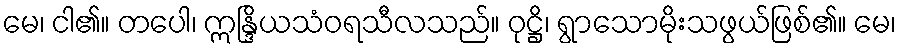
မေ၊ ငါ၏။ တပေါ၊ ဣန္ဒြိယသံဝရသီလသည်။ ဝုဋ္ဌိ၊ ရွာသောမိုးသဖွယ်ဖြစ်၏။ မေ၊